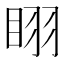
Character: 𭾲